Source: Handwritten
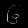
Digit: ၆ (6)